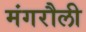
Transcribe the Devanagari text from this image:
मंगरौली